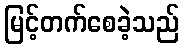
မြင့်တက်စေခဲ့သည်